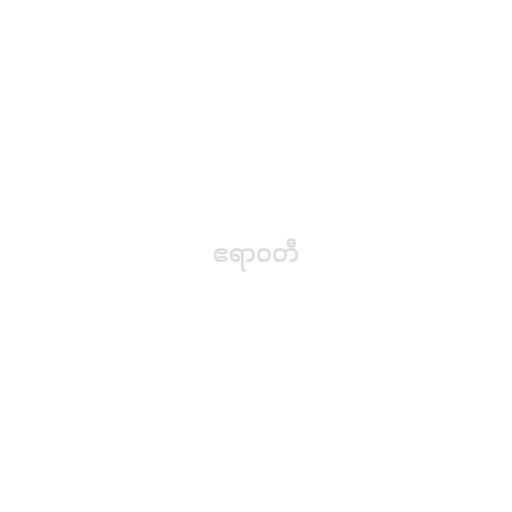
ဧရာဝတီ